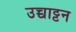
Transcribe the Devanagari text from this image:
उच्चाट्टन